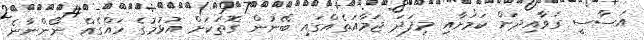
އަސާސީ ގަވާއިދަށް ކަމަށާއި މިފަދަ ޖަމާއަތެއްގައި ބޭނުން ގޮތަކަށް އުޅުމުގެ ހައްގެއް ނޯންނާނެ